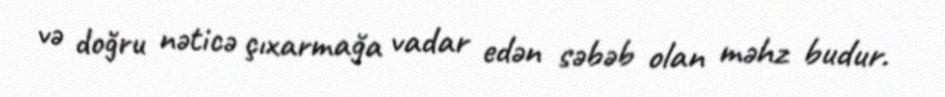
və doğru nəticə çıxarmağa vadar edən səbəb olan məhz budur.